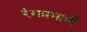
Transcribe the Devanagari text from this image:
रंगप्रभावी